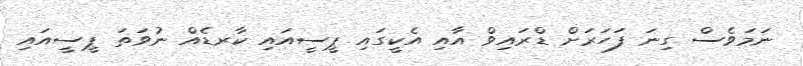
ނަމަވެސް ގިނަ ފަހަރަށް ޑްރައިވް އާއި އެކީގައި ޕީސީއައި ކާރޑެއް ނުވަތަ ޕީސީއައި